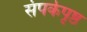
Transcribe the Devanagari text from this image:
संपर्कपृष्ठ